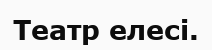
Театр елесі.